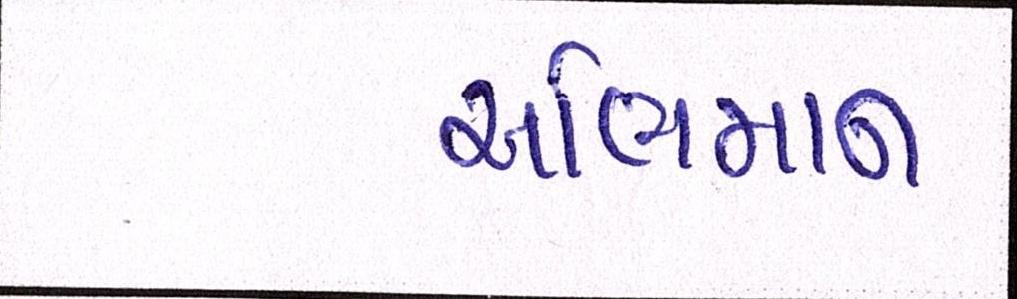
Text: અભિમાન